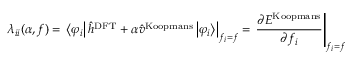
\lambda _ { i i } ( \alpha , f ) = \left. \left\langle \varphi _ { i } \right\vert \hat { h } ^ { \mathrm { D F T } } + \alpha \hat { v } ^ { \mathrm { K o o p m a n s } } \left\vert \varphi _ { i } \right\rangle \right\vert _ { f _ { i } = f } = \left. \frac { \partial E ^ { \mathrm { K o o p m a n s } } } { \partial f _ { i } } \right\vert _ { f _ { i } = f }